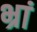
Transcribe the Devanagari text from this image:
भ्रां